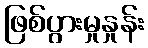
ဖြစ်ပွားမှုနှုန်း